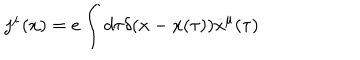
j ^ { \mu } ( x ) = e \int { d \tau \delta ( x - x ( \tau ) ) \dot { x } ^ { \mu } ( \tau ) }